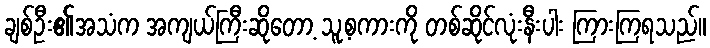
ချစ်ဦး၏အသံက အကျယ်ကြီးဆိုတော့ သူ့စကားကို တစ်ဆိုင်လုံးနီးပါး ကြားကြရသည်။